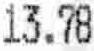
13.78